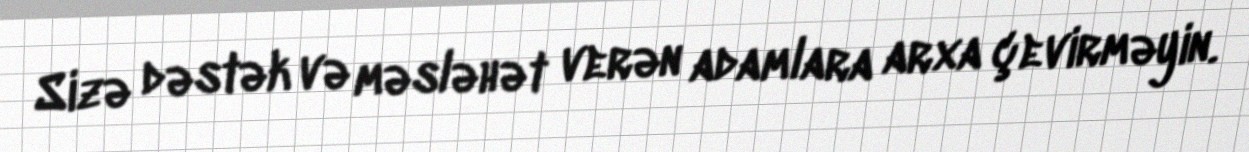
Sizə dəstək və məsləhət verən adamlara arxa çevirməyin.